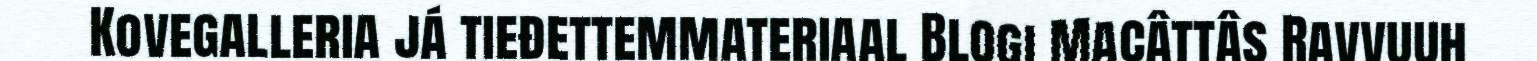
Kovegalleria já tieđettemmateriaal Blogi Macâttâs Ravvuuh